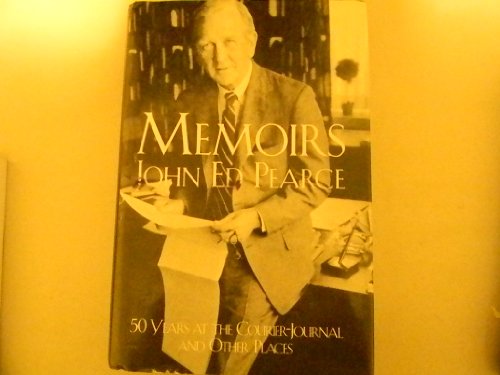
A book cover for Memoirs: 50 years at the Courier-Journal and other places; John Ed Pearce; Travel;